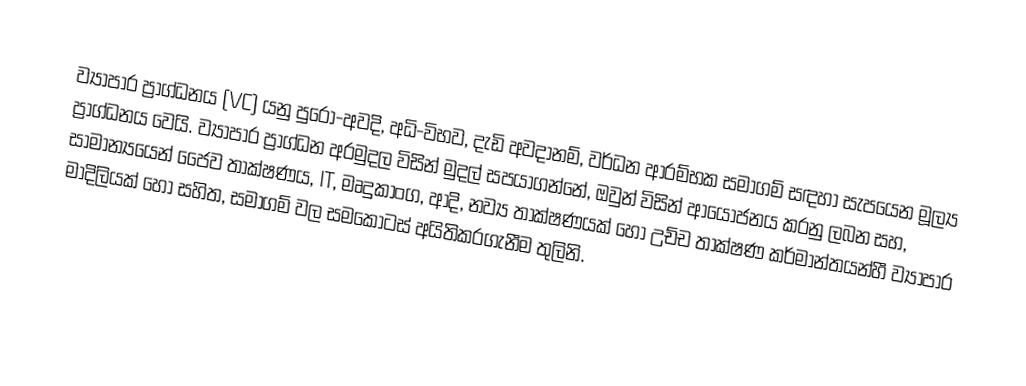
ව්‍යාපාර ප්‍රාග්ධනය (VC) යනු පුරෝ-අවදි, අධි-විභව, දැඩි අවදානම්,  වර්ධන ආරම්භක සමාගම් සඳහා සැපයෙන මූල්‍ය ප්‍රාග්ධනය වෙයි. ව්‍යාපාර ප්‍රාග්ධන අරමුදල විසින් මුදල් සපයාගන්නේ, ඔවුන් විසින් ආයෝජනය කරනු ලබන සහ, සාමාන්‍යයෙන් ජෛව තාක්ෂණය, IT, මෘදුකාංග, ආදි, නව්‍ය තාක්ෂණයක් හෝ  උච්ච තාක්ෂණ කර්මාන්තයන්හී ව්‍යාපාර මාදිලියක් හෝ සහිත, සමාගම් වල  සමකොටස් අයිතිකරගැනීම තුලිනි.